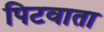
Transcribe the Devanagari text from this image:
पिटवाता